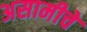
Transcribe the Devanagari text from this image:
असामीचे